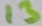
Text: 13